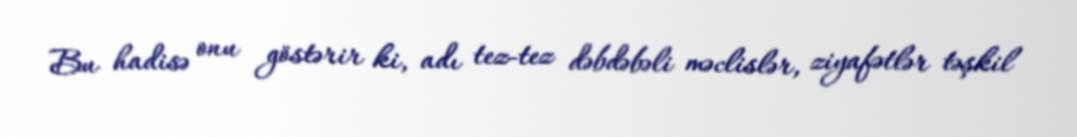
Bu hadisə onu göstərir ki, adı tez-tez dəbdəbəli məclislər, ziyafətlər təşkil